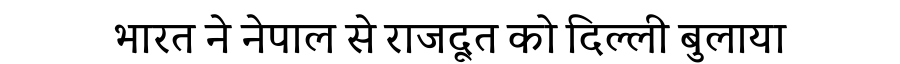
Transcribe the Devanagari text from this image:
भारत ने नेपाल से राजदूत को दिल्ली बुलाया